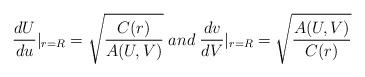
LaTeX: \begin{align*}\frac{dU}{du}|_{r=R}=\sqrt{\frac{C(r)}{A(U,V)}}\;and\;\frac{dv}{dV}|_{r=R}=\sqrt{\frac{A(U,V)}{C(r)}}\end{align*}